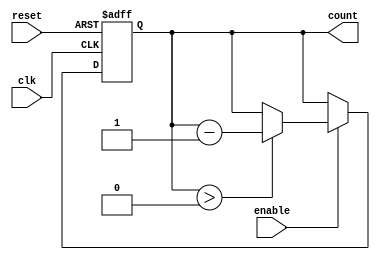
module binary_down_counter #(
    parameter N = 4  // Number of bits for the counter
)(
    input wire clk,            // Clock signal
    input wire reset,          // Asynchronous reset signal
    input wire enable,         // Enable signal for counting
    output reg [N-1:0] count   // Current count value
);

// Maximum count value (2^N - 1)
localparam MAX_COUNT = (1 << N) - 1;

always @(posedge clk or posedge reset) begin
    if (reset) begin
        // Asynchronous reset: Set count to maximum value
        count <= MAX_COUNT;
    end else if (enable) begin
        // Decrement the count if enable is high and count is not zero
        if (count > 0) begin
            count <= count - 1;
        end
    end
end

endmodule